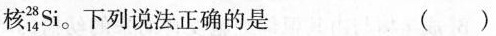
核_{14}^{28}Si。下列说法正确的是 ( )